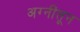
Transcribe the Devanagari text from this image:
अग्नींतून